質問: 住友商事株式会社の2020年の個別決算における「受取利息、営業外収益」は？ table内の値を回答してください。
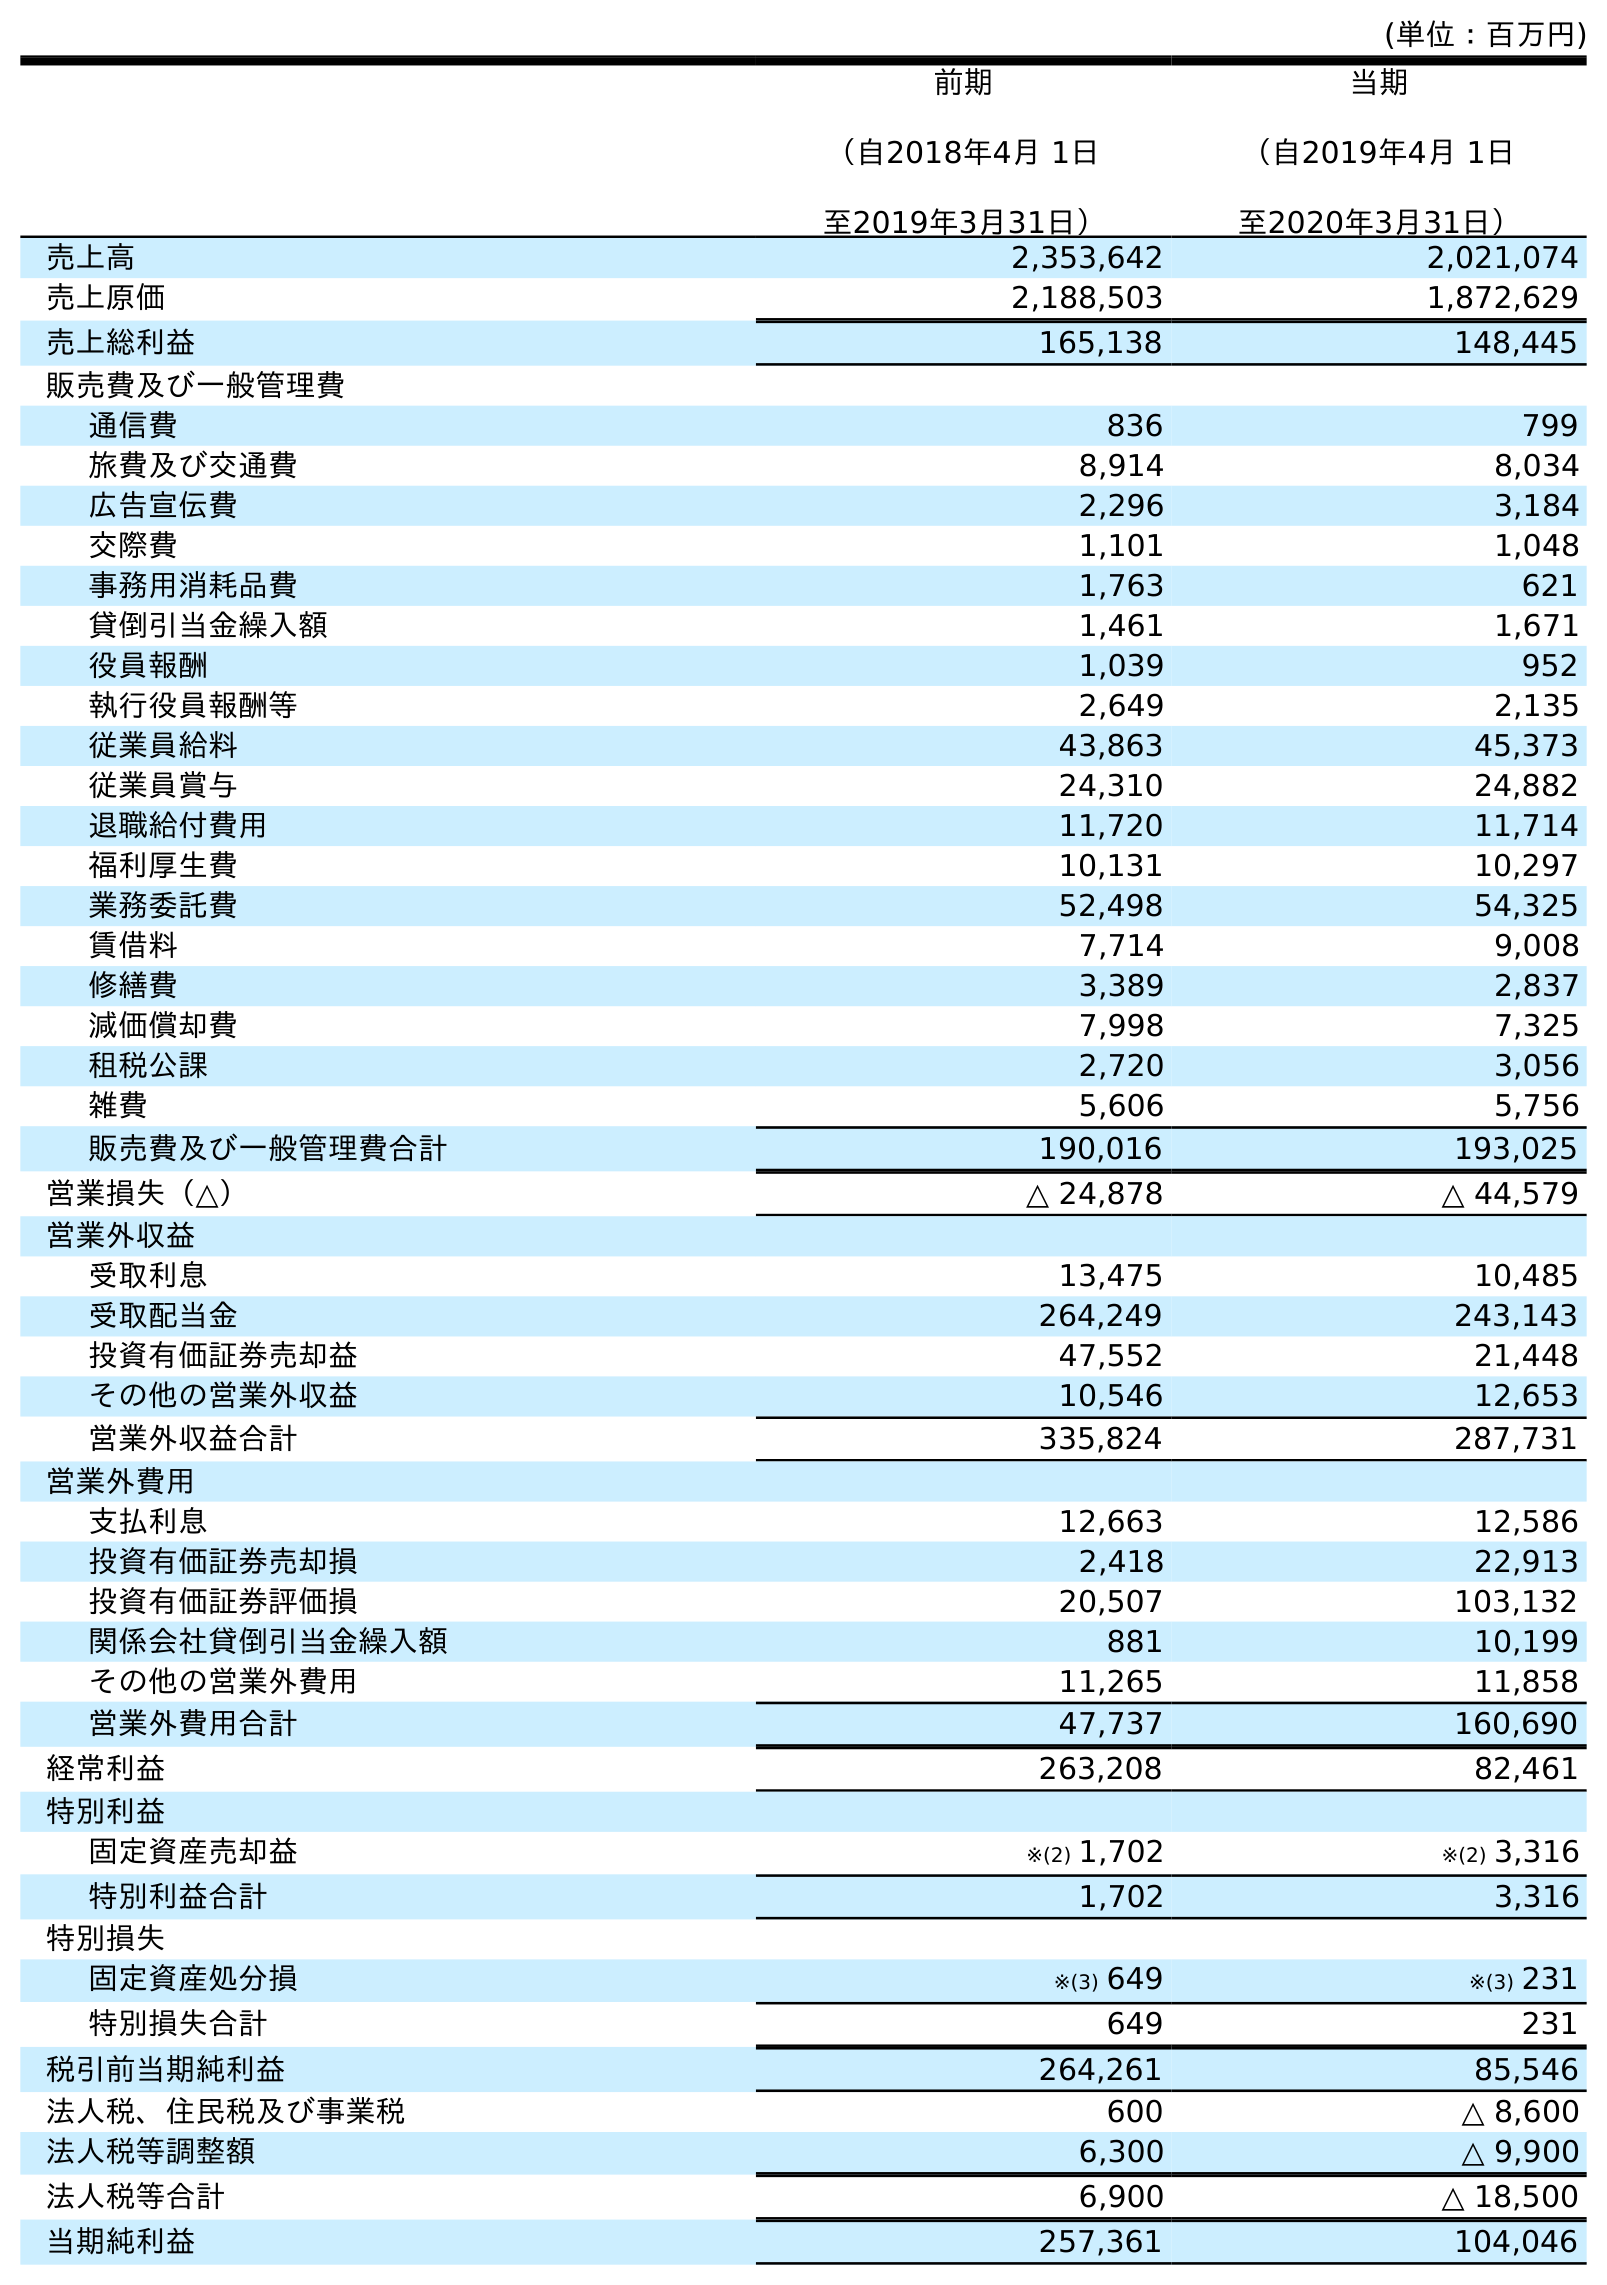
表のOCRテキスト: (単位：百万円) 前期 （自2018年4月 1日 至2019年3月31日） 当期 （自2019年4月 1日 至2020年3月31日） 売上高 2,353,642 2,021,074 売上原価 2,188,503 1,872,629 売上総利益 165,138 148,445 販売費及び一般管理費 通信費 836 799 旅費及び交通費 8,914 8,034 広告宣伝費 2,296 3,184 交際費 1,101 1,048 事務用消耗品費 1,763 621 貸倒引当金繰入額 1,461 1,671 役員報酬 1,039 952 執行役員報酬等 2,649 2,135 従業員給料 43,863 45,373 従業員賞与 24,310 24,882 退職給付費用 11,720 11,714 福利厚生費 10,131 10,297 業務委託費 52,498 54,325 賃借料 7,714 9,008 修繕費 3,389 2,837 減価償却費 7,998 7,325 租税公課 2,720 3,056 雑費 5,606 5,756 販売費及び一般管理費合計 190,016 193,025 営業損失（△） △ 24,878 △ 44,579 営業外収益 受取利息 13,475 10,485 受取配当金 264,249 243,143 投資有価証券売却益 47,552 21,448 その他の営業外収益 10,546 12,653 営業外収益合計 335,824 287,731 営業外費用 支払利息 12,663 12,586 投資有価証券売却損 2,418 22,913 投資有価証券評価損 20,507 103,132 関係会社貸倒引当金繰入額 881 10,199 その他の営業外費用 11,265 11,858 営業外費用合計 47,737 160,690 経常利益 263,208 82,461 特別利益 固定資産売却益 ※(2) 1,702 ※(2) 3,316 特別利益合計 1,702 3,316 特別損失 固定資産処分損 ※(3) 649 ※(3) 231 特別損失合計 649 231 税引前当期純利益 264,261 85,546 法人税、住民税及び事業税 600 △ 8,600 法人税等調整額 6,300 △ 9,900 法人税等合計 6,900 △ 18,500 当期純利益 257,361 104,046
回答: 10,485